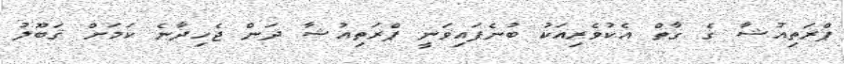
ޕްރަތިއުޝާ ގެ ގާތް އެކުވެރިއަކު ބުނެފައިވަނީ ޕްރަތިއުޝާ ދަން ޖެހިދާނެ ކަމަށް ޤަބޫލު